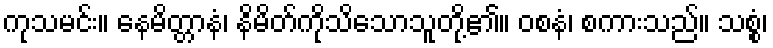
ကုသမင်း။ နေမိတ္တာနံ၊ နိမိတ်ကိုသိသောသူတို့၏။ ဝစနံ၊ စကားသည်။ သစ္စံ၊